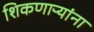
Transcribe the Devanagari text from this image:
शिकणाऱ्यांना